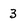
Character: 3